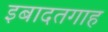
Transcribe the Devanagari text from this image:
इबादतगाह